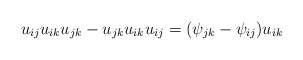
\begin{gather*}u_{ij} u_{ik} u_{jk}-u_{jk} u_{ik} u_{ij} = (\psi_{jk}- \psi_{ij}) u_{ik}\end{gather*}